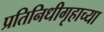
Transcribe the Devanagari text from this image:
प्रतिनिधीगृहाच्या